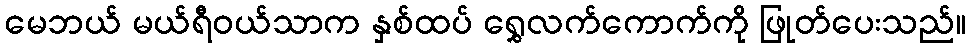
မေဘယ် မယ်ရီဝယ်သာက နှစ်ထပ် ရွှေလက်ကောက်ကို ဖြုတ်ပေးသည်။